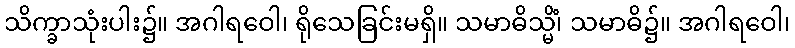
သိက္ခာသုံးပါး၌။ အဂါရဝေါ၊ ရိုသေခြင်းမရှိ။ သမာဓိသ္မိံ၊ သမာဓိ၌။ အဂါရဝေါ၊